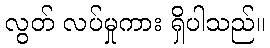
လွတ် လပ်မှုကား ရှိပါသည်။